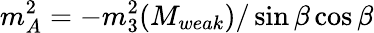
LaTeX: m_{A}^{2}=-m_{3}^{2}(M_{weak})/\sin\beta\cos\beta